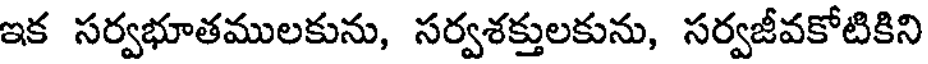
ఇక సర్వభూతములకును, సర్వశక్తులకును, సర్వజీవకోటికిని